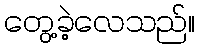
တွေ့ခဲ့လေသည်။